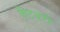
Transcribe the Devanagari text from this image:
कैंटबरी